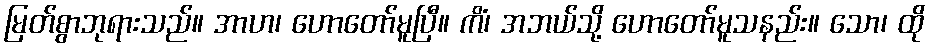
မြတ်စွာဘုရားသည်။ အာဟ၊ ဟောတော်မူပြီ။ ကိံ၊ အဘယ်သို့ ဟောတော်မူသနည်း။ သော၊ ထို